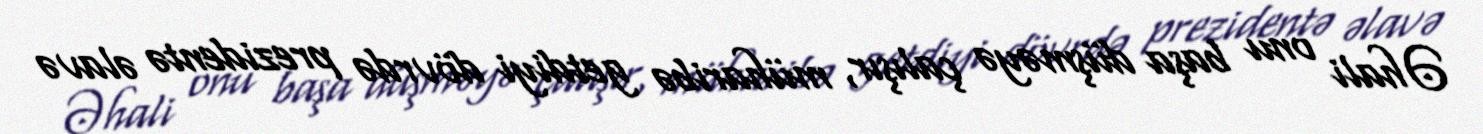
Əhali onu başa düşməyə çalışır, müharibə getdiyi dövrdə prezidentə əlavə